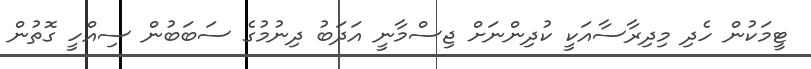
ޓީމަކުން ހެދި މިދިރާސާއަކީ ކުދިންނަށް ޖިސްމާނީ އަދަބު ދިނުމުގެ ސަބަބުން ސިއްހީ ގޮތުން